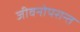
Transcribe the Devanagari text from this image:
जीवनोपरान्त